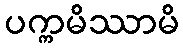
ပက္ကမိဿာမိ